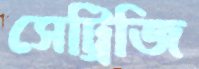
সেট্রিজি